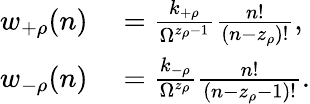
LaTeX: \begin{array}{rl}{w_{+\rho}(n)}&{{}=\frac{k_{+\rho}}{\Omega^{z_{\rho}-1}}\frac{n!}{(n-z_{\rho})!},}\\ {w_{-\rho}(n)}&{{}=\frac{k_{-\rho}}{\Omega^{z_{\rho}}}\frac{n!}{(n-z_{\rho}-1)!}.}\end{array}